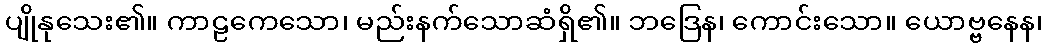
ပျိုနုသေး၏။ ကာဠကေသော၊ မည်းနက်သောဆံရှိ၏။ ဘဒြေန၊ ကောင်းသော။ ယောဗ္ဗနေန၊